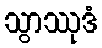
သွာဿုဒံ